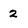
Character: 2